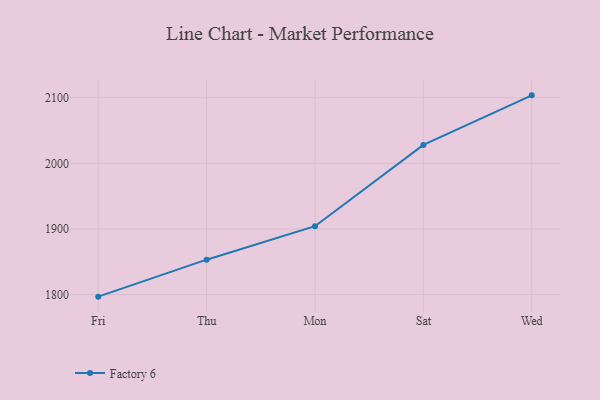
{"axis": {"x": "Day", "y": "Net Income (USD K)"}, "legend": ["Factory 6"], "data": [{"x": "Fri", "y": 1797.0, "type": "Factory 6"}, {"x": "Thu", "y": 1853.3, "type": "Factory 6"}, {"x": "Mon", "y": 1904.3, "type": "Factory 6"}, {"x": "Sat", "y": 2028.0, "type": "Factory 6"}, {"x": "Wed", "y": 2103.5, "type": "Factory 6"}]}